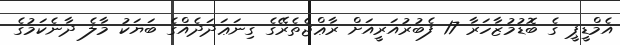
އެމްޑީޕީ ގެ ބޮޑުމުޒާހަރާ 17 ފެބުރުއަރީއަށް ރާޢްޖެތެރޭގެ ގިނަޢަދަދެއްގެ ބަޔަކު މާލެ ދާނެކަމުގެ